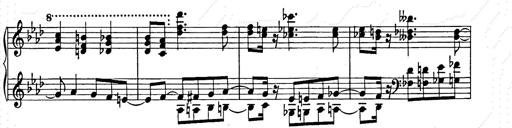
Title: Weinen, Klagen, Sorgen, Zagen
Composer: Franz Liszt